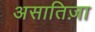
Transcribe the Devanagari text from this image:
असातिज़ा